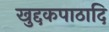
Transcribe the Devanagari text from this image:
खुद्दकपाठादि